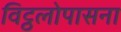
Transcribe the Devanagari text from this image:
विट्ठलोपासना